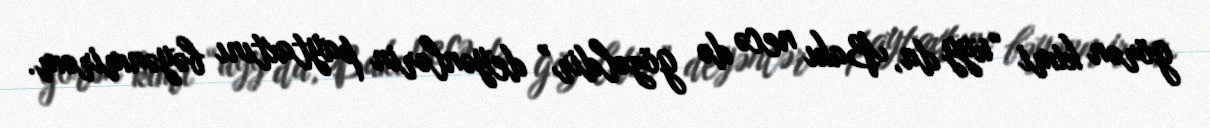
görən kimi “uyy da, Bakı necə də gözəldir” deyənlərin paytaxtını bəyənmirəm.